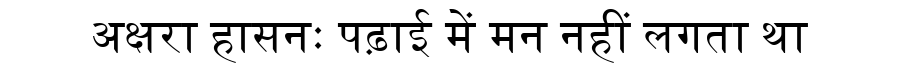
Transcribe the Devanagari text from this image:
अक्षरा हासनः पढ़ाई में मन नहीं लगता था